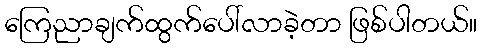
ကြေညာချက်ထွက်ပေါ်လာခဲ့တာ ဖြစ်ပါတယ်။